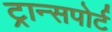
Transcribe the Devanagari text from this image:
ट्रान्‍सपोर्ट